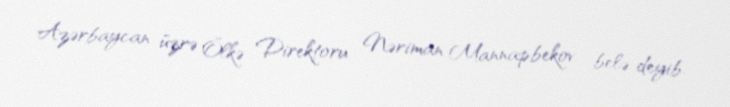
Azərbaycan üzrə Ölkə Direktoru Nəriman Mannapbekov belə deyib.